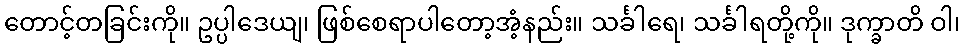
တောင့်တခြင်းကို။ ဥပ္ပါဒေယျ၊ ဖြစ်စေရာပါတော့အံ့နည်း။ သင်္ခါရေ၊ သင်္ခါရတို့ကို။ ဒုက္ခာတိ ဝါ၊